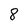
Character: 8